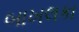
બાખલકા